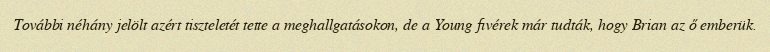
További néhány jelölt azért tiszteletét tette a meghallgatásokon, de a Young fivérek már tudták, hogy Brian az ő emberük.